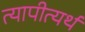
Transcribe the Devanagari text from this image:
त्यापीत्यर्थ